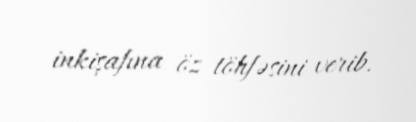
inkişafına öz töhfəsini verib.